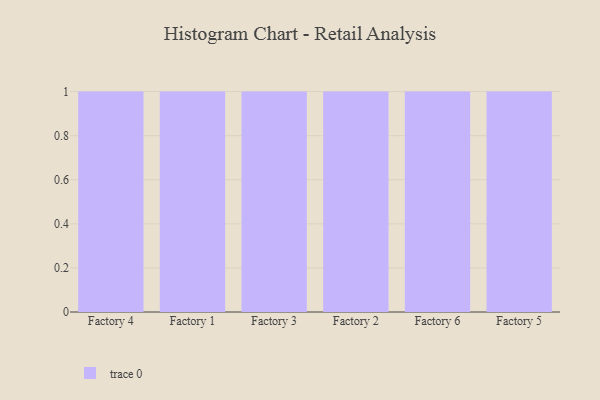
{"axis": {"x": "Factory", "y": "Active Users"}, "legend": [""], "data": [{"x": "Factory 4", "y": 30, "type": ""}, {"x": "Factory 1", "y": 84, "type": ""}, {"x": "Factory 3", "y": 40, "type": ""}, {"x": "Factory 2", "y": 15, "type": ""}, {"x": "Factory 6", "y": 23, "type": ""}, {"x": "Factory 5", "y": 91, "type": ""}]}